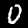
Digit: 0